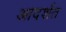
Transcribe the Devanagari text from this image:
आदर्शत